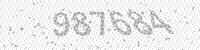
Solution: 987684